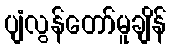
ပျံလွန်တော်မူချိန်